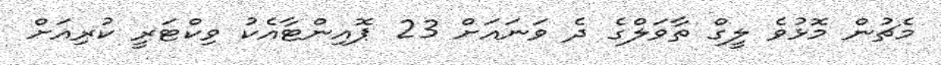
މެޗުން މޮޅުވެ ލީގް ތާވަލްގެ ދެ ވަނައަށް 23 ޕޮއިންޓާއެކު ވިކްޓަރީ ކުރިއަށް